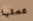
عملها